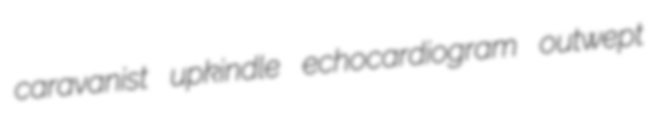
caravanist upkindle echocardiogram outwept